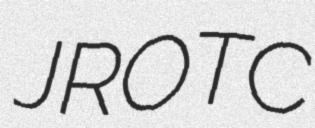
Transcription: JROTC